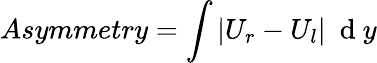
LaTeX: Asymmetry=\int\vert U_{r}-U_{l}\vert~\mathrm{~d~}y